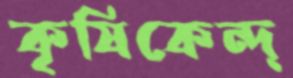
কৃষিকেন্দ্